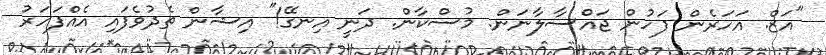
"އަޒް. އަހަރެން ފަހުން ޖައްސާލާނަން. މުސްކާން. ދަނީ އިނގޭ!" އިޝާން ތެދުވެފައި އެއްފަހަރު